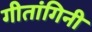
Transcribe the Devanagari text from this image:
गीतांगिनी